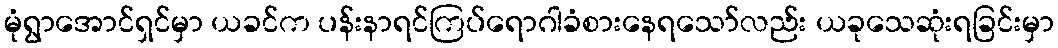
မုံရွာအောင်ရှင်မှာ ယခင်က ပန်းနာရင်ကြပ်ရောဂါခံစားနေရသော်လည်း ယခုသေဆုံးရခြင်းမှာ